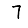
Digit: 7